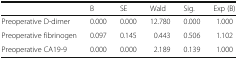
<table><thead><tr><td>[EMPTY_CELL]</td><td><b>B</b></td><td><b>SE</b></td><td><b>Wald</b></td><td><b>Sig.</b></td><td><b>Exp (B)</b></td></tr></thead><tbody><tr><td>Preoperative D-dimer</td><td>0.000</td><td>0.000</td><td>12.780</td><td>0.000</td><td>1.000</td></tr><tr><td>Preoperative fibrinogen</td><td>0.097</td><td>0.145</td><td>0.443</td><td>0.506</td><td>1.102</td></tr><tr><td>Preoperative CA19-9</td><td>0.000</td><td>0.000</td><td>2.189</td><td>0.139</td><td>1.000</td></tr></tbody></table>